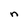
Character: n